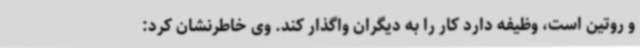
و روتین است، وظیفه دارد کار را به دیگران واگذار کند. وی خاطرنشان کرد: